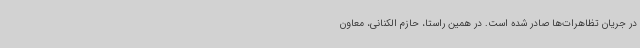
در جریان تظاهرات‌ها صادر شده است. در همین راستا، حازم الکنانی، معاون